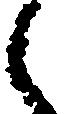
々